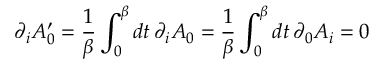
\partial _ { i } A _ { 0 } ^ { \prime } = { \frac { 1 } { \beta } } \int _ { 0 } ^ { \beta } d t \, \partial _ { i } A _ { 0 } = { \frac { 1 } { \beta } } \int _ { 0 } ^ { \beta } d t \, \partial _ { 0 } A _ { i } = 0